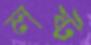
লষ্ট